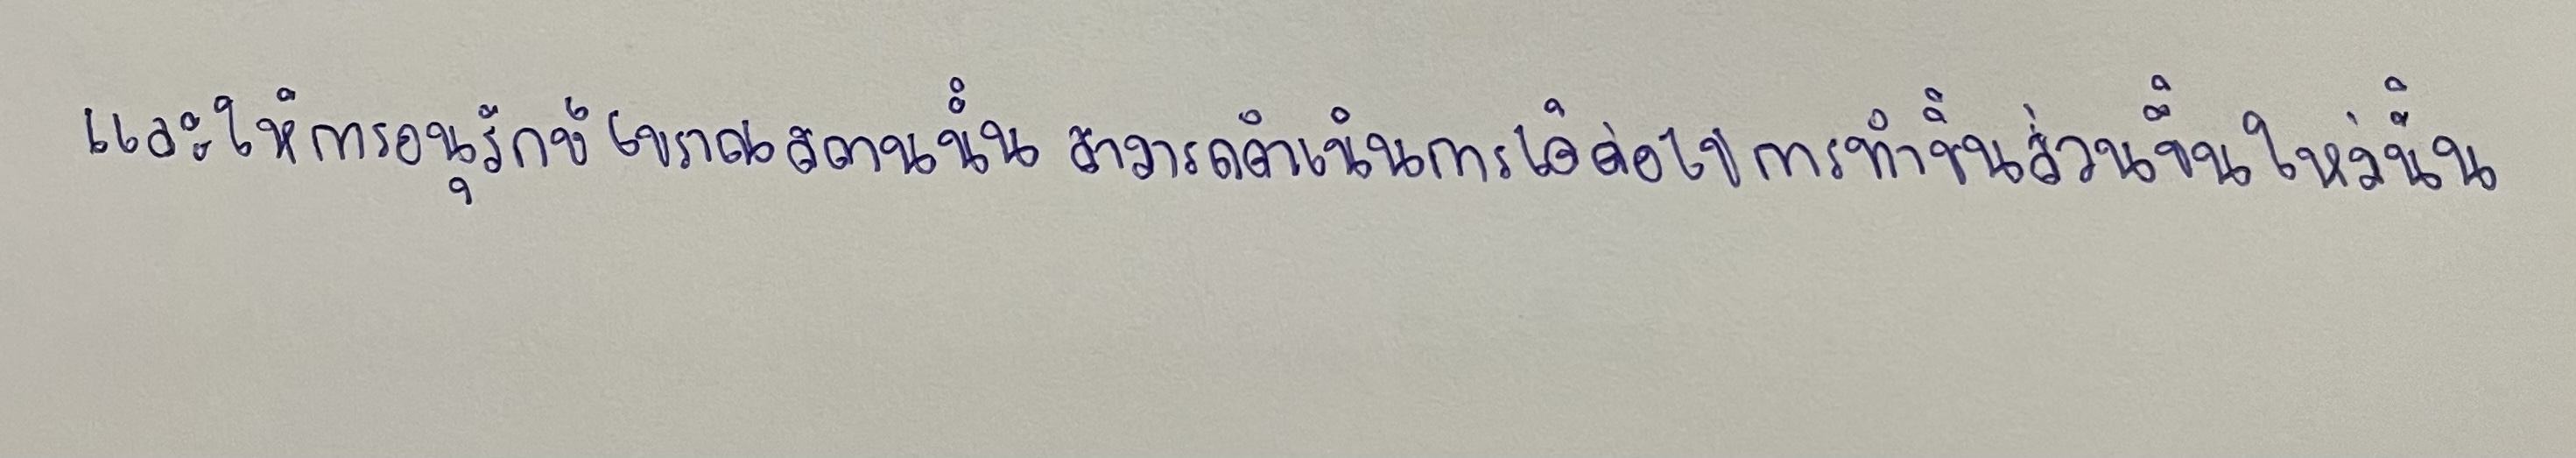
และให้การอนุรักษ์โบราณสถานนั้นสามารถดำเนินการได้ต่อไปการทำชิ้นส่วนขึ้นใหม่นั้น